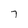
Character: 7